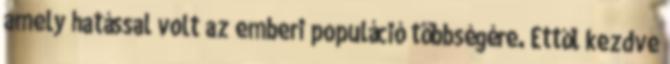
amely hatással volt az emberi populáció többségére. Ettől kezdve